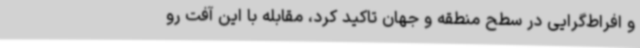
و افراط‌گرایی در سطح منطقه و جهان تاکید کرد، مقابله با این آفت رو